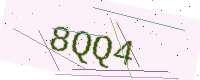
Text: 8QQ4